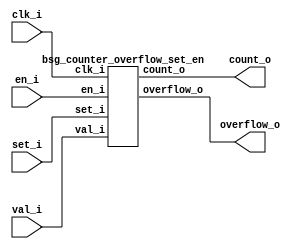
// This program was cloned from: https://github.com/chipsalliance/synlig
// License: Apache License 2.0



module top
(
  clk_i,
  en_i,
  set_i,
  val_i,
  count_o,
  overflow_o
);

  input [23:0] val_i;
  output [23:0] count_o;
  input clk_i;
  input en_i;
  input set_i;
  output overflow_o;

  bsg_counter_overflow_set_en
  wrapper
  (
    .val_i(val_i),
    .count_o(count_o),
    .clk_i(clk_i),
    .en_i(en_i),
    .set_i(set_i),
    .overflow_o(overflow_o)
  );


endmodule



module bsg_counter_overflow_set_en
(
  clk_i,
  en_i,
  set_i,
  val_i,
  count_o,
  overflow_o
);

  input [23:0] val_i;
  output [23:0] count_o;
  input clk_i;
  input en_i;
  input set_i;
  output overflow_o;
  wire [23:0] count_o;
  wire overflow_o,N0,N1,N2,N3,N4,N5,N6,N7,N8,N9,N10,N11,N12,N13,N14,N15,N16,N17,N18,
  N19,N20,N21,N22,N23,N24,N25,N26,N27,N28,N29,N30,N31,N32,N33,N34,N35,N36,N37,N38,
  N39,N40,N41,N42,N43,N44,N45,N46,N47,N48,N49,N50,N51,N52,N53,N54,N55,N56,N57,N58,
  N59,N60,N61,N62,N63,N64,N65,N66,N67,N68,N69,N70,N71,N72,N73,N74,N75,N76,N77,N78,
  N79,N80,N81,N82,N83,N84,N85,N86,N87,N88;
  reg count_o_23_sv2v_reg,count_o_22_sv2v_reg,count_o_21_sv2v_reg,count_o_20_sv2v_reg,
  count_o_19_sv2v_reg,count_o_18_sv2v_reg,count_o_17_sv2v_reg,count_o_16_sv2v_reg,
  count_o_15_sv2v_reg,count_o_14_sv2v_reg,count_o_13_sv2v_reg,count_o_12_sv2v_reg,
  count_o_11_sv2v_reg,count_o_10_sv2v_reg,count_o_9_sv2v_reg,count_o_8_sv2v_reg,
  count_o_7_sv2v_reg,count_o_6_sv2v_reg,count_o_5_sv2v_reg,count_o_4_sv2v_reg,
  count_o_3_sv2v_reg,count_o_2_sv2v_reg,count_o_1_sv2v_reg,count_o_0_sv2v_reg;
  assign count_o[23] = count_o_23_sv2v_reg;
  assign count_o[22] = count_o_22_sv2v_reg;
  assign count_o[21] = count_o_21_sv2v_reg;
  assign count_o[20] = count_o_20_sv2v_reg;
  assign count_o[19] = count_o_19_sv2v_reg;
  assign count_o[18] = count_o_18_sv2v_reg;
  assign count_o[17] = count_o_17_sv2v_reg;
  assign count_o[16] = count_o_16_sv2v_reg;
  assign count_o[15] = count_o_15_sv2v_reg;
  assign count_o[14] = count_o_14_sv2v_reg;
  assign count_o[13] = count_o_13_sv2v_reg;
  assign count_o[12] = count_o_12_sv2v_reg;
  assign count_o[11] = count_o_11_sv2v_reg;
  assign count_o[10] = count_o_10_sv2v_reg;
  assign count_o[9] = count_o_9_sv2v_reg;
  assign count_o[8] = count_o_8_sv2v_reg;
  assign count_o[7] = count_o_7_sv2v_reg;
  assign count_o[6] = count_o_6_sv2v_reg;
  assign count_o[5] = count_o_5_sv2v_reg;
  assign count_o[4] = count_o_4_sv2v_reg;
  assign count_o[3] = count_o_3_sv2v_reg;
  assign count_o[2] = count_o_2_sv2v_reg;
  assign count_o[1] = count_o_1_sv2v_reg;
  assign count_o[0] = count_o_0_sv2v_reg;
  assign N58 = ~count_o[23];
  assign N59 = ~count_o[20];
  assign N60 = ~count_o[19];
  assign N61 = ~count_o[15];
  assign N62 = ~count_o[12];
  assign N63 = ~count_o[10];
  assign N64 = ~count_o[9];
  assign N65 = ~count_o[7];
  assign N66 = count_o[22] | N58;
  assign N67 = count_o[21] | N66;
  assign N68 = N59 | N67;
  assign N69 = N60 | N68;
  assign N70 = count_o[18] | N69;
  assign N71 = count_o[17] | N70;
  assign N72 = count_o[16] | N71;
  assign N73 = N61 | N72;
  assign N74 = count_o[14] | N73;
  assign N75 = count_o[13] | N74;
  assign N76 = N62 | N75;
  assign N77 = count_o[11] | N76;
  assign N78 = N63 | N77;
  assign N79 = N64 | N78;
  assign N80 = count_o[8] | N79;
  assign N81 = N65 | N80;
  assign N82 = count_o[6] | N81;
  assign N83 = count_o[5] | N82;
  assign N84 = count_o[4] | N83;
  assign N85 = count_o[3] | N84;
  assign N86 = count_o[2] | N85;
  assign N87 = count_o[1] | N86;
  assign N88 = count_o[0] | N87;
  assign overflow_o = ~N88;
  assign { N28, N27, N26, N25, N24, N23, N22, N21, N20, N19, N18, N17, N16, N15, N14, N13, N12, N11, N10, N9, N8, N7, N6, N5 } = count_o + 1'b1;
  assign N29 = (N0)? 1'b1 : 
               (N55)? 1'b1 : 
               (N57)? 1'b1 : 
               (N3)? 1'b0 : 1'b0;
  assign N0 = set_i;
  assign { N53, N52, N51, N50, N49, N48, N47, N46, N45, N44, N43, N42, N41, N40, N39, N38, N37, N36, N35, N34, N33, N32, N31, N30 } = (N0)? val_i : 
                                                                                                                                      (N55)? { 1'b0, 1'b0, 1'b0, 1'b0, 1'b0, 1'b0, 1'b0, 1'b0, 1'b0, 1'b0, 1'b0, 1'b0, 1'b0, 1'b0, 1'b0, 1'b0, 1'b0, 1'b0, 1'b0, 1'b0, 1'b0, 1'b0, 1'b0, 1'b0 } : 
                                                                                                                                      (N57)? { N28, N27, N26, N25, N24, N23, N22, N21, N20, N19, N18, N17, N16, N15, N14, N13, N12, N11, N10, N9, N8, N7, N6, N5 } : 1'b0;
  assign N1 = overflow_o | set_i;
  assign N2 = en_i | N1;
  assign N3 = ~N2;
  assign N4 = N57;
  assign N54 = ~set_i;
  assign N55 = overflow_o & N54;
  assign N56 = N54 & N88;
  assign N57 = en_i & N56;

  always @(posedge clk_i) begin
    if(N29) begin
      count_o_23_sv2v_reg <= N53;
      count_o_22_sv2v_reg <= N52;
      count_o_21_sv2v_reg <= N51;
      count_o_20_sv2v_reg <= N50;
      count_o_19_sv2v_reg <= N49;
      count_o_18_sv2v_reg <= N48;
      count_o_17_sv2v_reg <= N47;
      count_o_16_sv2v_reg <= N46;
      count_o_15_sv2v_reg <= N45;
      count_o_14_sv2v_reg <= N44;
      count_o_13_sv2v_reg <= N43;
      count_o_12_sv2v_reg <= N42;
      count_o_11_sv2v_reg <= N41;
      count_o_10_sv2v_reg <= N40;
      count_o_9_sv2v_reg <= N39;
      count_o_8_sv2v_reg <= N38;
      count_o_7_sv2v_reg <= N37;
      count_o_6_sv2v_reg <= N36;
      count_o_5_sv2v_reg <= N35;
      count_o_4_sv2v_reg <= N34;
      count_o_3_sv2v_reg <= N33;
      count_o_2_sv2v_reg <= N32;
      count_o_1_sv2v_reg <= N31;
      count_o_0_sv2v_reg <= N30;
    end 
  end


endmodule